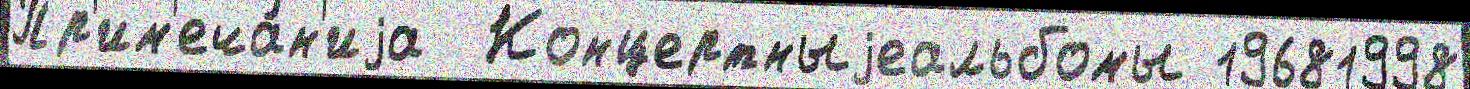
Пр'им'еча́н'иjа  Концертныjеальбомы 19681998